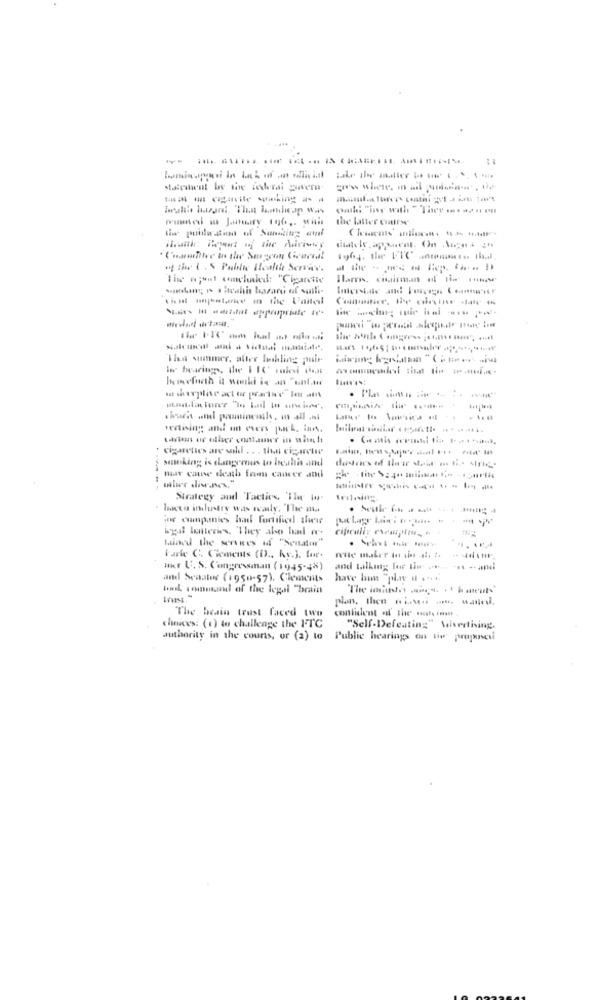
statement by the federal povera oss wiese mal
------ - ---------
wmed in Jamiry inf ,. with the latter course
of the ( . S Paulowe Healthe Service.
The w;unt comchuld: "Cigarette
Ilares, chairman of tim oni
This summer, alter Inkline quir
.------
cigarettes are soldl . . . tien cigaretwe
mar cause death from cancer and
Strategy and Tactics, 'The in.
. Ianto industry was ready, "The ma
for companies had fortified alwie
pal lotteries. "They also had w.
tained the servees if "Senatu"
----
Farke C. Ciements (D ., ky.). for. rette maker to sis al. 14
HKr U. S. Congressman (1945-45)
and talking for tie ...... ... - ami
and Seaates (1950-57). Clements
have bam "play # .....
bowl conmaul of the legal "brain
plan, then we havedi mu, wanted.
The brain trust faced two
contient of the ..... ... .
choices: (1) to challenge the FTC
"Self-Defeating" Valvertising.
authority in the courts, or (2) to Public hearings en tio proposesi